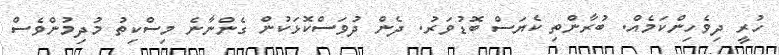
ހުރީ ދިވެހިންކަމެއް. ބުރާންތި ކެޔަސް ބޮޑުވަރު. ދެން ދުވަސްކޮޅަކުން ގެންނާނެ މިސްކިތު މުދިމުންވެސް